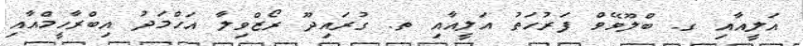
އަލީއާއި ގ. ބްލޫވޭވް ފަރުހަތު އަލީއާއި ތ. ގުރައިދޫ ރޯޒްވިލާ އަހްމަދު އިބްރާހީމްއާއި